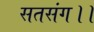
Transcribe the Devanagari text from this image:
सतसंग।।